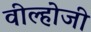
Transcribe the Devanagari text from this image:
वील्होजी